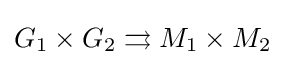
G_{1}\times G_{2}\rightrightarrows M_{1}\times M_{2}